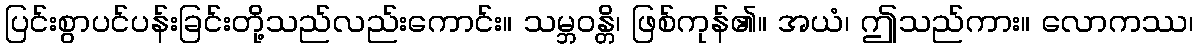
ပြင်းစွာပင်ပန်းခြင်းတို့သည်လည်းကောင်း။ သမ္ဘဝန္တိ၊ ဖြစ်ကုန်၏။ အယံ၊ ဤသည်ကား။ လောကဿ၊